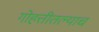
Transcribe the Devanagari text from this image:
गोहत्तीतल्याच